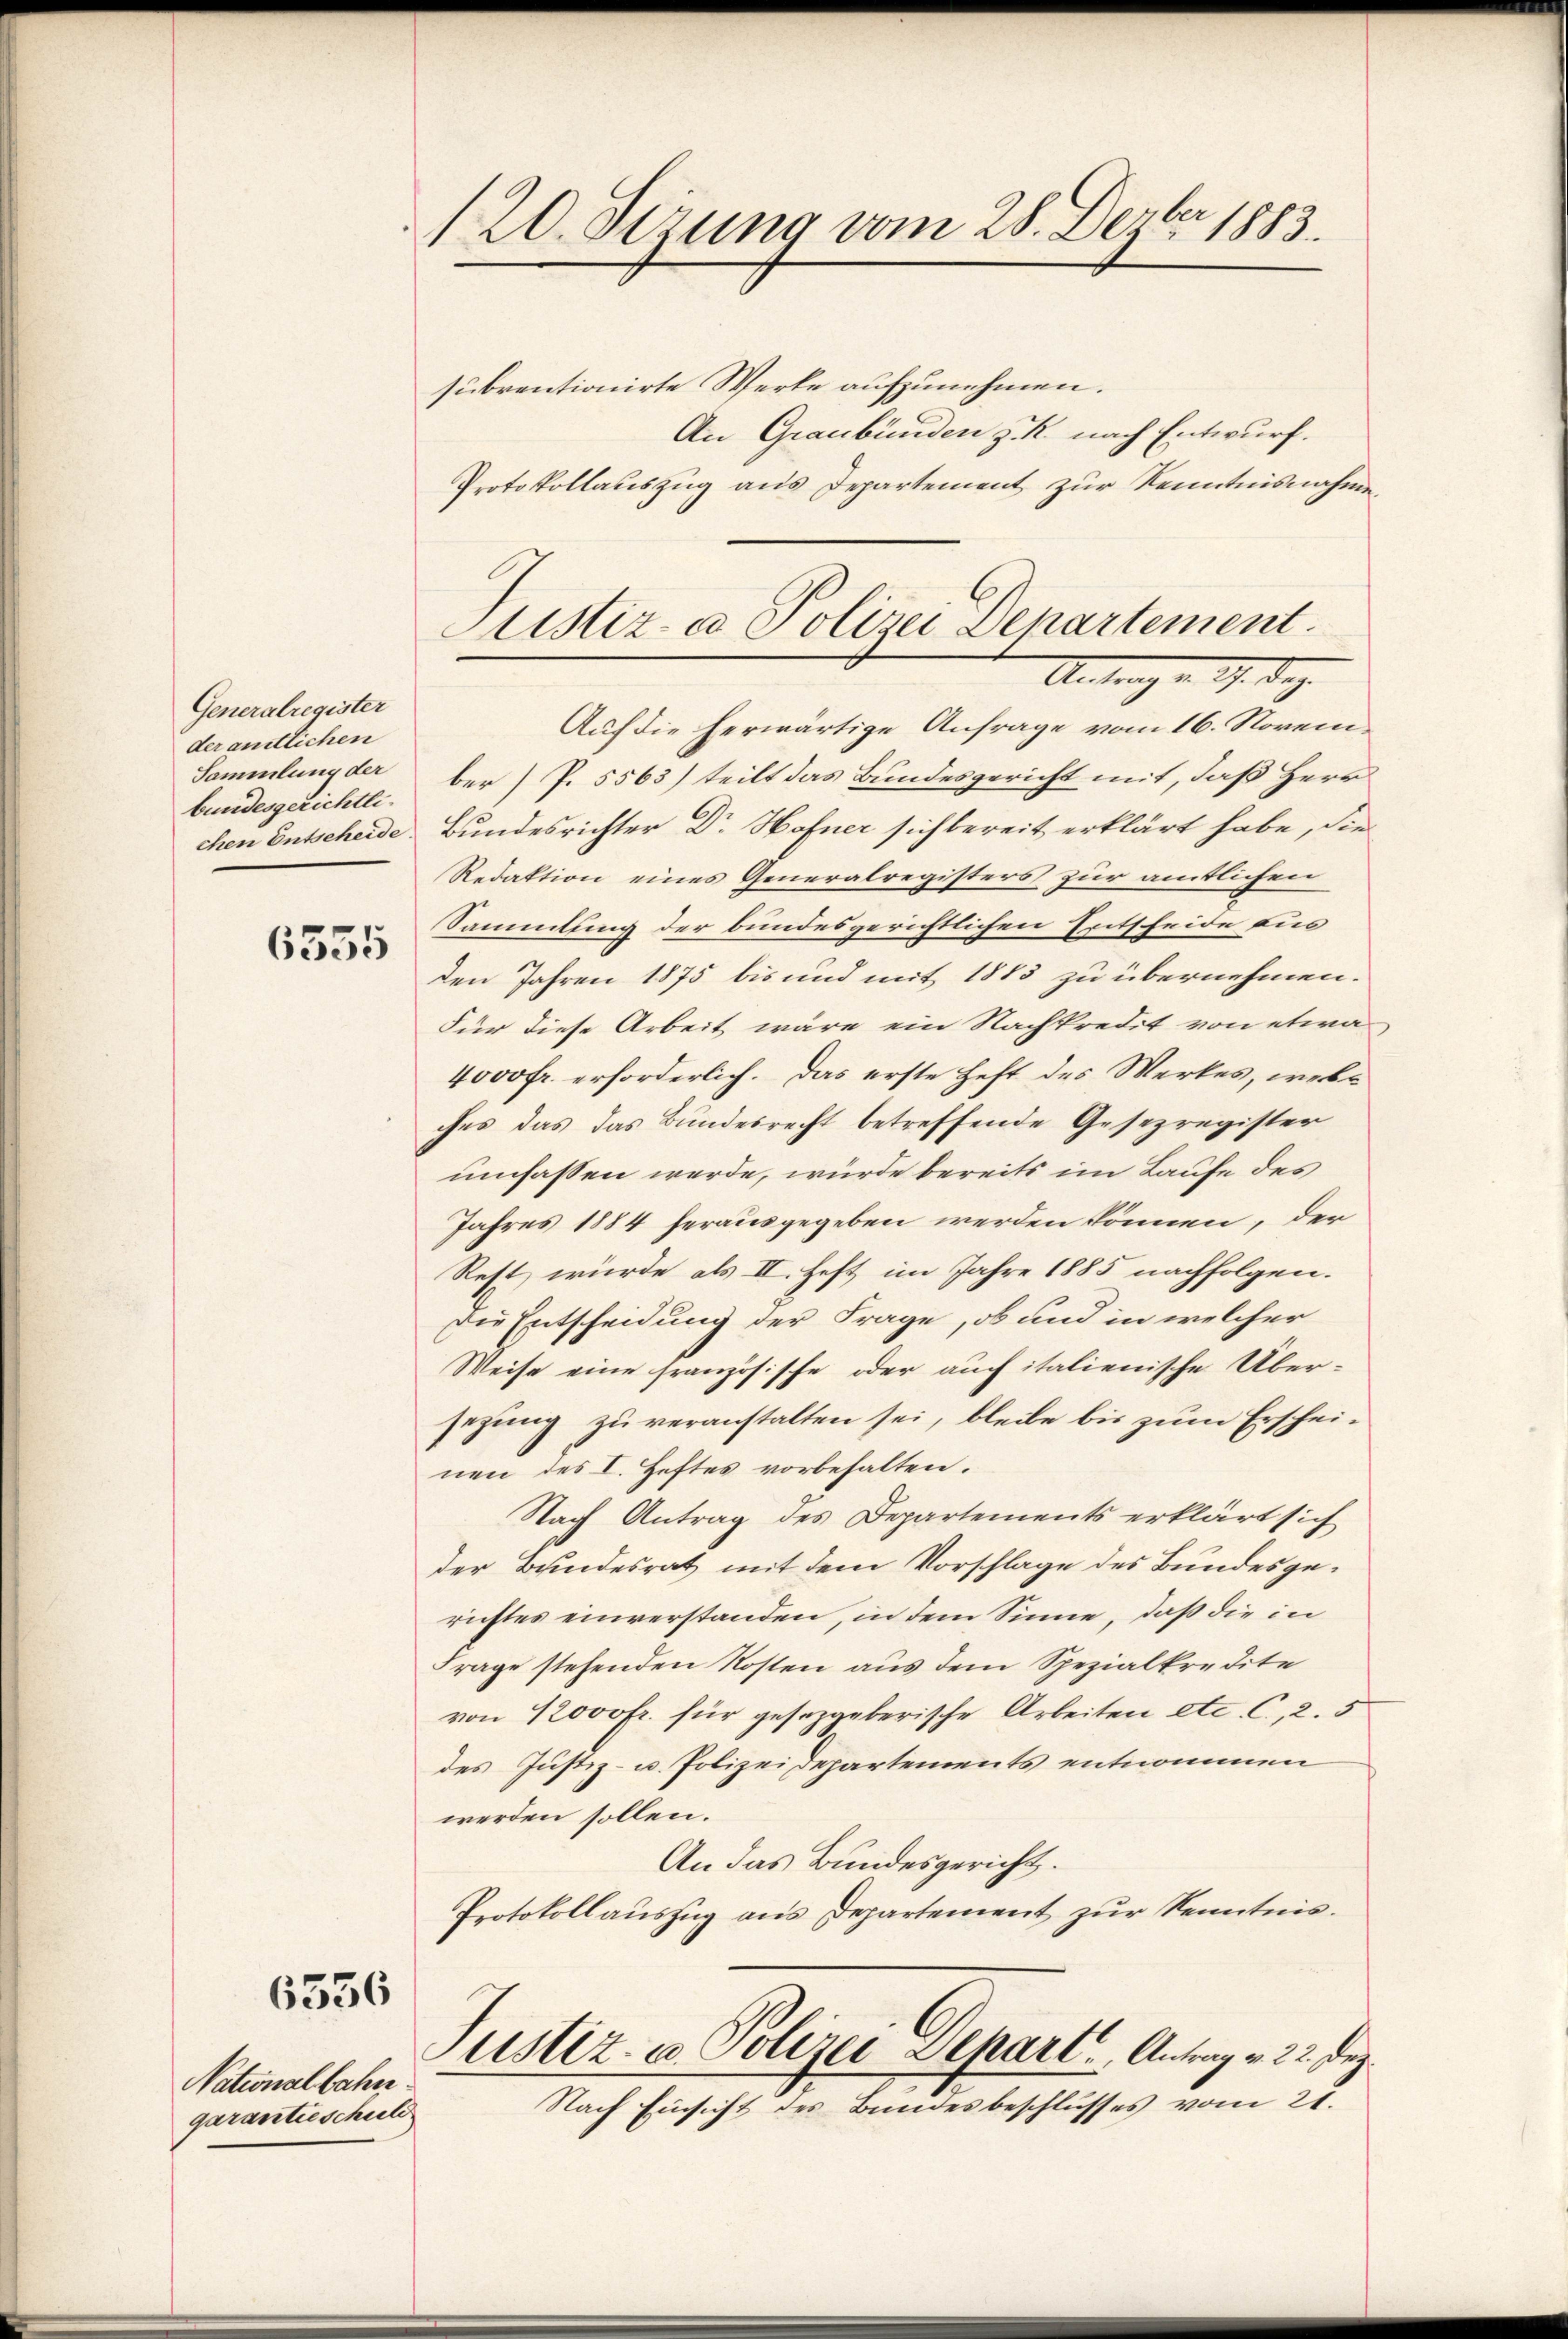
Generalregister
der amtlichen
Sammlung der
bundesgerichtlichen Entscheide

6335

6556

Nationalbahn.
garantieschuld

120. Jezung vom 28. Dezbr. 1883.

subventionirte Werke aufzunehmen.
An Graubünden z. R. nach Entwurf.
Protokollauszug aus Departement zur Kenntnisnahme
Auf die herwärtige Anfrage vom 16. November) P. 5563) teilt das Bundesgericht mit, daß Herr
Bundesrichter Dr. Hofner sich bereit erklärt habe, die
Redaktion eines Generalregisters zur amtlichen
Sammlung der bundesgerichtlichen Entscheide aus
den Jahren 1875 bis und mit 1883 zu übernehmen.
Für diese Arbeit wäre ein Nachkredit von etwa
4000 fr. erforderlich. Das erste Heft des Werkes, welches das das Bundesrecht betreffende Gesezregister
umfassen werde, würde bereits im Laufe des
Jahres 1884 herausgegeben werden können, der
Rest würde als II. Heft im Jahre 1885 nachfolgen.
Die Entscheidung der Frage, ob und in welcher
Weise eine französische oder auch italienische Über-
sezung zu veranstalten sei, bleibe bis zum Erscheinen des I. Heftes vorbehalten.
Nach Antrag des Departements erklärt sich
der Bundesrat mit dem Vorschlage des Bundesgerichtes einverstanden, in dem Sinne, daß die in
Frage stehenden Kosten aus dem Spezialkredite
von 12000 fr. für gesetzgeberische Arbeiten etc. C, 2. 3
des Justiz- u. Polizeidepartements entnommen
werden sollen.
An das Bundesgericht.
Protokollauszug aus Departement zur Kenntnis.
Justiz- u. Polizei Depart. Antrag v. 22. Dez.
Nach Einsicht des Bundesbeschlusses vom 21.

Stistiz- & Polizei Departement
Antrag v. 9. Dez.